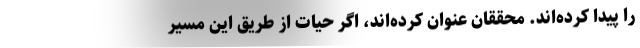
را پیدا کرده‌اند. محققان عنوان کرده‌اند، اگر حیات از طریق این مسیر